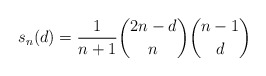
\begin{gather*}s_n(d)={1 \over n+1}{2n-d \choose n} {n-1 \choose d}\end{gather*}